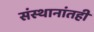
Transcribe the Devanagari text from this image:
संस्थानांतही